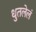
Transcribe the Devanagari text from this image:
धुतलेलं